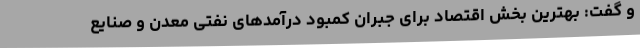
و گفت: بهترین بخش اقتصاد برای جبران کمبود درآمدهای نفتی معدن و صنایع